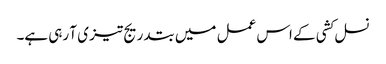
نسل کشی کے اس عمل میں بتدریج تیز ی آ رہی ہے۔